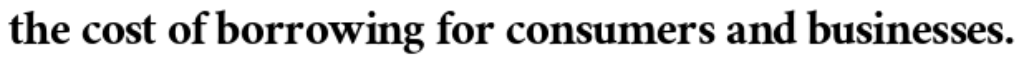
the cost of borrowing for consumers and businesses.